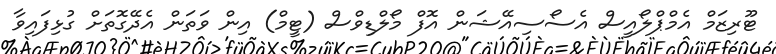
ޓޫރިޒަމް އެމްޕްލޯއީސް އެސޯސިއޭޝަން އޮފް މޯލްޑިވްސް (ޓީމް) އިން ވަތަން އެދޭގޮތަށް ގުޅިފައިވާ